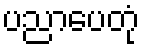
ပညာပေတုံ